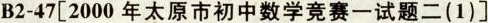
B2-47[2000年太原市初中数学竞赛一试题二(1)]